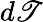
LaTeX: d\mathscr{T}